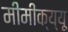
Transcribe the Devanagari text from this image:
मीमीक्य्यू